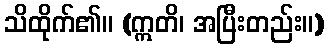
သိထိုက်၏။ (ဣတိ၊ အပြီးတည်း။)